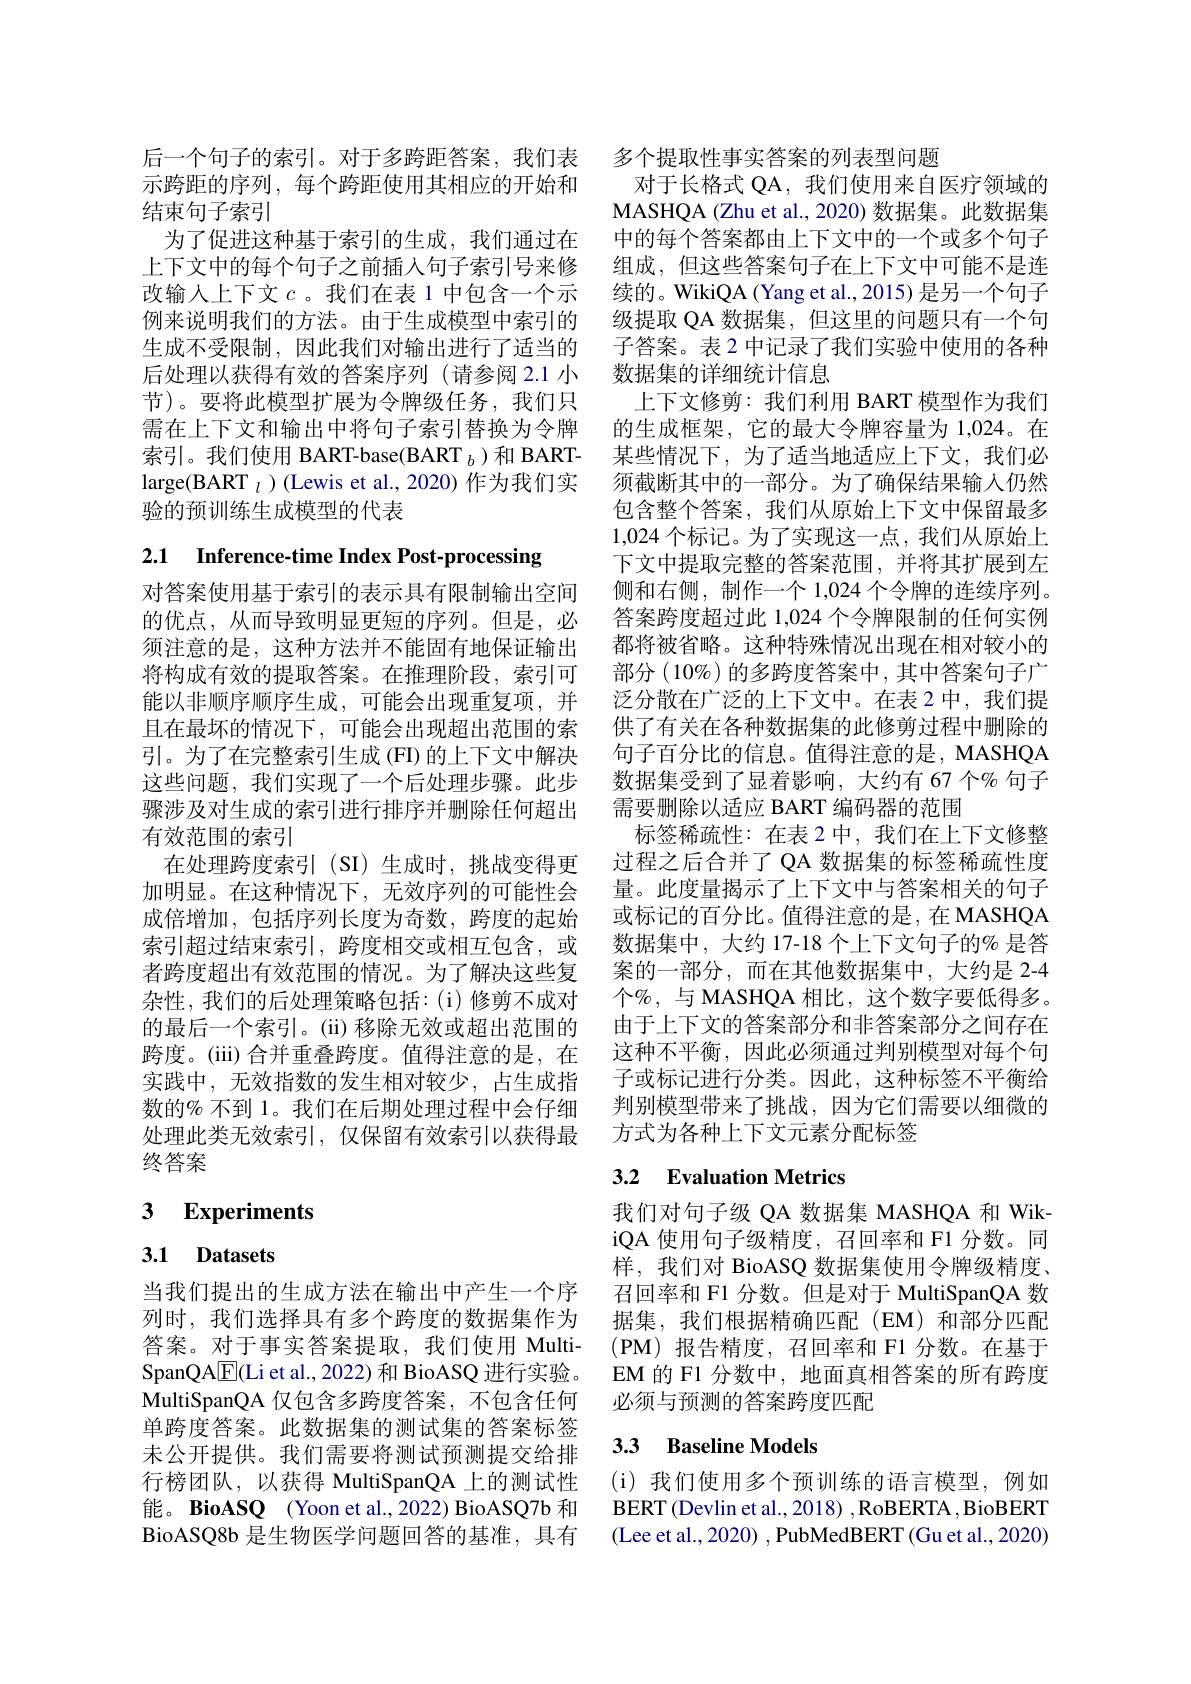
后一个句子的索引。对于多跨距答案，我们表 多个提取性事实答案的列表型问题
示跨距的序列，每个跨距使用其相应的开始和
结束句子索引
为了促进这种基于索引的生成，我们通过在 中的每个答案都由上下文中的一个或多个句子上下文中的每个句子之前插人句子索引号来修 组成，但这些答案句子在上下文中可能不是连改输入上下文$c$。我们在表 1 中包含一个示 续的。WikiQA(Yang et al., 2015) 是另一个句子例来说明我们的方法。由于生成模型中索引的 级提取 QA 数据集，但这里的问题只有一个句生成不受限制，因此我们对输出进行了适当的后处理以获得有效的答案序列 (请参阅 2.1 小节)。要将此模型扩展为令牌级任务，我们只需在上下文和输出中将句子索引替换为令牌索引。我们使用 BART-base(BART $_b$)和 BARTlarge(BART $_{l}$ )(Lewis et al., 2020) 作为我们实验的预训练生成模型的代表

2.1 Inference-time Index Post-processing

对答案使用基于索引的表示具有限制输出空间将构成有效的提取答案。在推理阶段，索引可能以非顺序顺序生成，可能会出现重复项，并且在最坏的情况下，可能会出现超出范围的索引。为了在完整索引生成(FI)的上下文中解决这些问题，我们实现了一个后处理步骤。此步骤涉及对生成的索引进行排序并删除任何超出有效范围的索引
在处理跨度索引(SI)生成时，挑战变得更加明显。在这种情况下，无效序列的可能性会成倍增加，包括序列长度为奇数，跨度的起始索引超过结束索引，跨度相交或相互包含，或者跨度超出有效范围的情况。为了解决这些复杂性，我们的后处理策略包括：(i)修剪不成对的最后一个索引。(ii)移除无效或超出范围的跨度。(iii) 合并重叠跨度。值得注意的是，在实践中，无效指数的发生相对较少，占生成指数的% 不到 1。我们在后期处理过程中会仔细处理此类无效索引，仅保留有效索引以获得最终答案

## 3 $\textbf{Experiments}$

# 3.1 Datasets

当我们提出的生成方法在输出中产生一个序列时，我们选择具有多个跨度的数据集作为答案。对于事实答案提取，我们使用 MultiSpanQA$\underline{\mathrm{E}}($Li et al., 2022) 和 BioASQ 进行实验。MultiSpanQA 仅包含多跨度答案，不包含任何单跨度答案。此数据集的测试集的答案标签末公开提供。我们需要将测试预测提交给排行榜团队，以获得 MultiSpanQA 上的测试性能。BioASQ (Yoon et al.,2022) BioASQ7b 和BioASQ8b 是生物医学问题回答的基准，具有

对于长格式 QA, 我们使用来自医疗领域的MASHQA ( Zhu et al. , 2020) 数 据 集 。此 数 据 集 子答案。表 2 中记录了我们实验中使用的各种数据集的详细统计信息
上下文修剪：我们利用 BART 模型作为我们的生成框架，它的最大令牌容量为 1,024。在某些情况下，为了适当地适应上下文，我们必须截断其中的一部分。为了确保结果输入仍然包含整个答案，我们从原始上下文中保留最多1,024个标记。为了实现这一点，我们从原始上下文中提取完整的答案范围，并将其扩展到左侧和右侧，制作一个 1,024 个令牌的连续序列。
的优点，从而导致明显更短的序列。但是，必 答案跨度超过此 1,024 个令牌限制的任何实例须注意的是，这种方法并不能固有地保证输出 都将被省略。这种特殊情况出现在相对较小的
部分$(10\%)$的多跨度答案中，其中答案句子广泛分散在广泛的上下文中。在表 2 中，我们提供了有关在各种数据集的此修剪过程中删除的句子百分比的信息。值得注意的是，MASHQA 数据集受到了显着影响，大约有 67 个% 句子需要删除以适应 BART 编码器的范围
标签稀疏性：在表 2 中，我们在上下文修整过程之后合并了 QA 数据集的标签稀疏性度量。此度量揭示了上下文中与答案相关的句子或标记的百分比。值得注意的是，在 MASHQA 数据集中，大约 17-18个上下文句子的% 是答案的一部分，而在其他数据集中，大约是 2-4个%,与 MASHQA 相比，这个数字要低得多。由于上下文的答案部分和非答案部分之间存在这种不平衡，因此必须通过判别模型对每个句子或标记进行分类。因此，这种标签不平衡给判别模型带来了挑战，因为它们需要以细微的方式为各种上下文元素分配标签

## 3.2 Evaluation Metrics

我们对句子级 QA 数据集 MASHQA 和 WikiQA 使用句子级精度，召回率和 F1 分数。同样，我们对 BioASQ 数据集使用令牌级精度、 召回率和 F1 分数。但是对于 MultiSpanQA 数据集，我们根据精确匹配(EM)和部分匹配(PM)报告精度，召回率和 F1 分数。在基于EM 的 F1 分数中，地面真相答案的所有跨度必须与预测的答案跨度匹配

## 3.3 Baseline Models

(i)我们使用多个预训练的语言模型，例如BERT (Devlin et al., 2018) , RoBERTA , BioBERT (Lee et al., 2020) , PubMedBERT (Gu et al., 2020)